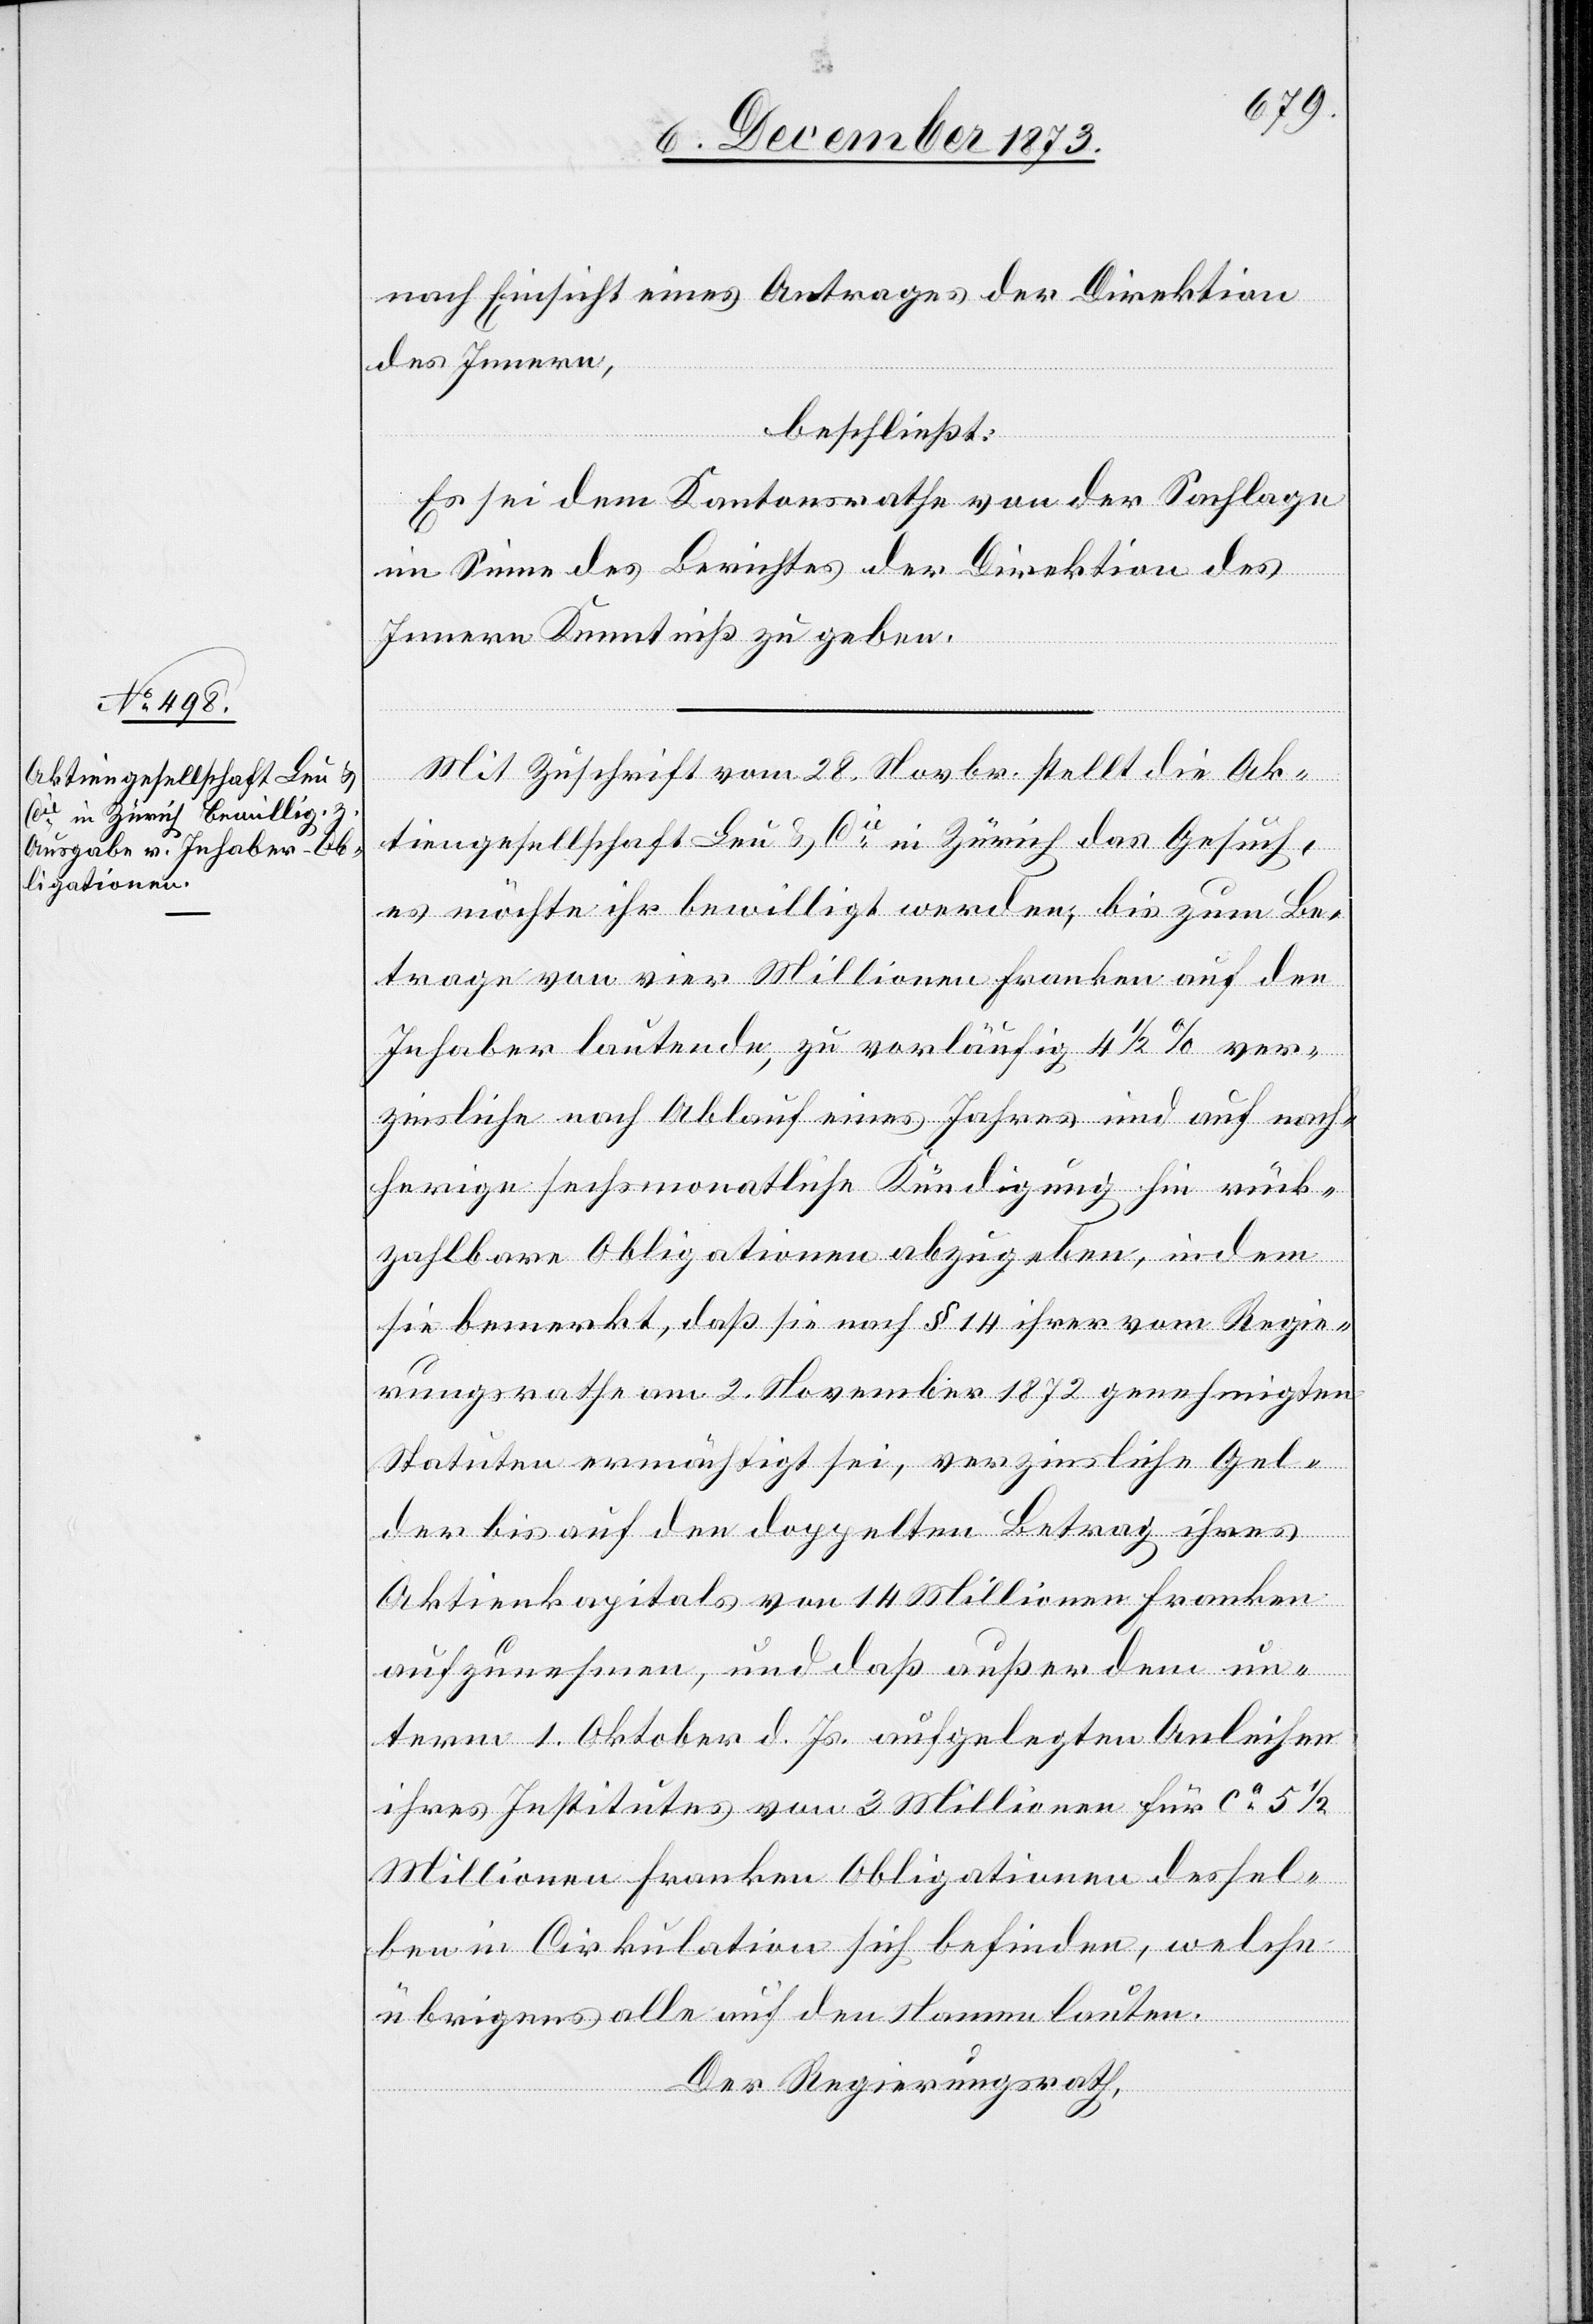
nach Einsicht eines Antrages der Direktion
des Innern,
beschließt:
Es sei dem Kantonsrathe von der Sachlage
im Sinne des Berichtes der Direktion des
Innern Kenntniß zu geben.
Mit Zuschrift vom 28. Novbr. stellt die Ak¬
tiengesellschaft Leu & Cie in Zürich das Gesuch,
es möchte ihr bewilligt werden, bis zum Be¬
trage von vier Millionen Franken auf den
Inhaber lautende, zu vorläufig 4 1/2% ver¬
zinsliche nach Ablauf eines Jahres und auf nach¬
herige sechsmonatliche Kündigung hin rück¬
zahlbare Obligationen abzugeben, indem
sie bemerkt, daß sie nach § 14 ihrer vom Regie¬
rungsrathe am 2. November 1872 genehmigten
Statuten ermächtigt sei, verzinsliche Gel¬
der bis auf den doppelten Betrag ihres
Aktienkapitals von 14 Millionen Franken
aufzunehmen, und daß außer dem un¬
term 1. Oktober d. Js. aufgelegten Anleihen
ihres Institutes von 3 Millionen für ca 5 1/2
Millionen Franken Obligationen dessel¬
ben in Cirkulation sich befinden, welche
übrigens alle auf den Namen lauten.
Der Regierungsrath,